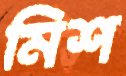
মিশ